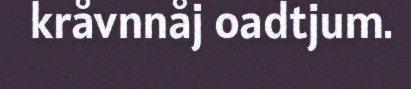
kråvnnåj oadtjum.